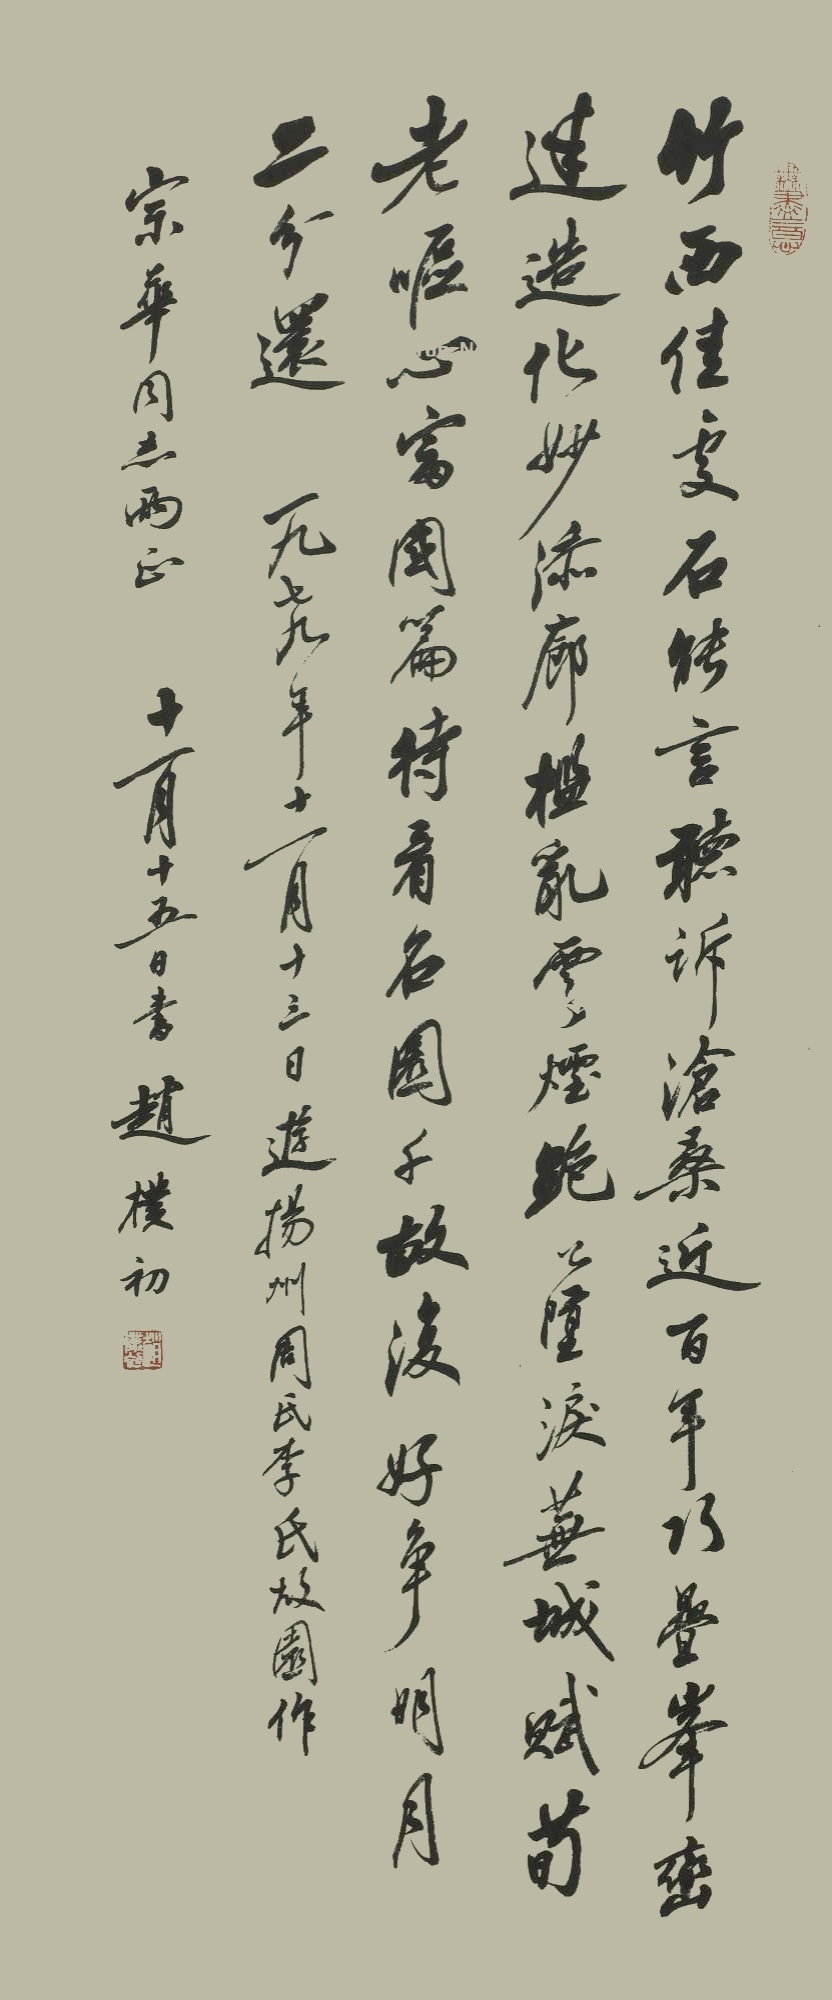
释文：竹西佳处石能言，听诉沧桑近百年。巧叠峰峦迷造化，妙添廊槛乱云烟。鲍公泪堕芜城赋，荀老呕心富国篇。待看名园千亩复，好争明月二分还。一九七九年十一月十三日，游扬州周氏李氏故园作，宗华同志两正，十一月十五日书，赵朴初。